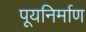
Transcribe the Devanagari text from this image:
पूयनिर्माण